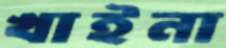
খাইনা